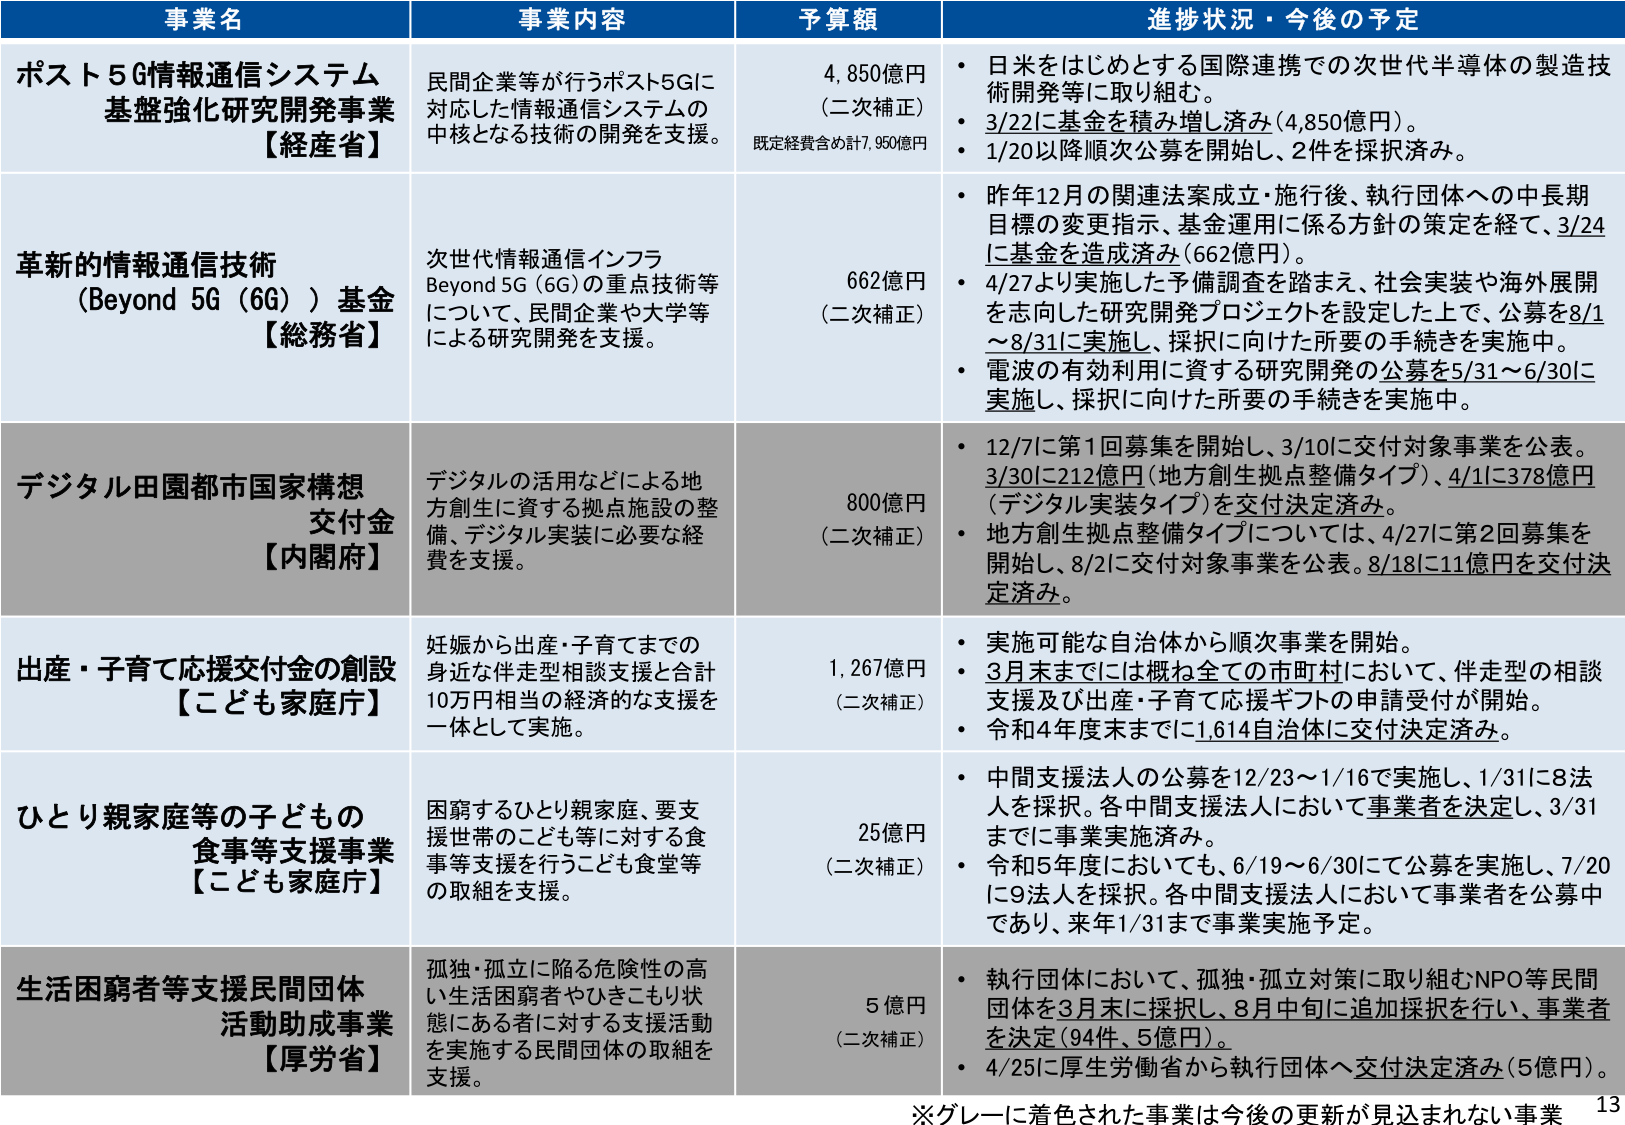
事業名 事業内容 予算額 進捗状況・今後の予定
ポスト5G情報通信システム 基盤強化研究開発事業 【経産省】 民間企業等が行うポスト5Gに 対応した情報通信システムの 中核となる技術の開発を支援。 4,850億円 （二次補正） 既定経費含め計7,950億円 • 日米をはじめとする国際連携での次世代半導体の製造技 術開発等に取り組む。 • 3/22に基金を積み増し済み（4,850億円）。 • 1/20以降順次公募を開始し、2件を採択済み。
革新的情報通信技術 （Beyond 5G（6G））基金 【総務省】 次世代情報通信インフラ Beyond 5G（6G）の重点技術等 について、民間企業や大学等 による研究開発を支援。 662億円 （二次補正） • 昨年12月の関連法案成立・施行後、執行団体への中長期 目標の変更指示、基金運用に係る方針の策定を経て、3/24 に基金を造成済み（662億円）。 • 4/27より実施した予備調査を踏まえ、社会実装や海外展開 を志向した研究開発プロジェクトを設定した上で、公募を8/1 ～8/31に実施し、採択に向けた所要の手続きを実施中。 • 電波の有効利用に資する研究開発の公募を5/31～6/30に 実施し、採択に向けた所要の手続きを実施中。
デジタル田園都市国家構想 交付金 【内閣】 デジタルの活用などによる地 方創生に資する拠点施設の整 備、デジタル実装に必要な経 費を支援。 800億円 （二次補正） • 12/7に第1回募集を開始し、3/10に交付対象事業を公表。 3/30に212億円（地方創生拠点整備タイプ）、4/1に378億円 （デジタル実装タイプ）を交付決定済み。 • 地方創生拠点整備タイプについては、4/27に第2回募集を 開始し、8/2に交付対象事業を公表。8/18に11億円を交付決 定済み。
出産・子育て応援交付金の創設 【こども家庭庁】 妊娠から出産・子育てまでの 身近な伴走型相談支援と合計 10万円相当の経済的な支援を 一体として実施。 1,267億円 （二次補正） • 実施可能な自治体から順次事業を開始。 • 3月末までには概ね全ての市町村において、伴走型の相談 支援及び出産・子育て応援ギフトの申請受付が開始。 • 令和4年度末までに1,614自治体に交付決定済み。
ひとり親家庭等の子どもの 食事等支援事業 【こども家庭庁】 困窮するひとり親家庭、要支 援世帯のこども等に対する食 事等支援を行うこども食堂等 の取組を支援。 25億円 （二次補正） • 中間支援法人の公募を12/23～1/16で実施し、1/31に8法 人を採択。各中間支援法人において事業者を決定し、3/31 までに事業実施済み。 • 令和5年度においても、6/19～6/30にて公募を実施し、7/20 に9法人を採択。各中間支援法人において事業者を公募中 であり、来年1/31まで事業実施予定。
生活困窮者等支援民間団体 活動助成事業 【厚労省】 孤独・孤立に陥る危険性の高 い生活困窮者やひきこもり状 態にある者に対する支援活動 を実施する民間団体の取組を 支援。 5億円 （二次補正） • 執行団体において、孤独・孤立対策に取り組むNPO等民間 団体を3月末に採択し、8月中旬に追加採択を行い、事業者 を決定（94件、5億円）。 • 4/25に厚生労働省から執行団体へ交付決定済み（5億円）。
※グレーに着色された事業は今後の更新が見込まれない事業 13